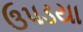
ઉપડયા